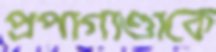
প্রপাগাণ্ডাকে